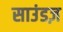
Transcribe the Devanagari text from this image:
साउंडज़